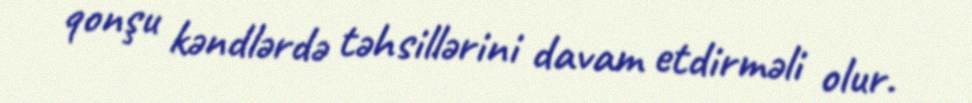
qonşu kəndlərdə təhsillərini davam etdirməli olur.